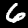
Digit: 6